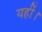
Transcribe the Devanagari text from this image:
यहीं।